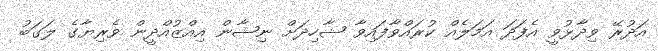
އަދުރޭ ވިދާޅުވީ އެފަދަ އަމަލެއް ކުރައްވާފައިވާ ޝާހިދަށް ނިޝާން އިއްޒުއްދީން ވެރިޔާގެ ލަގަބު